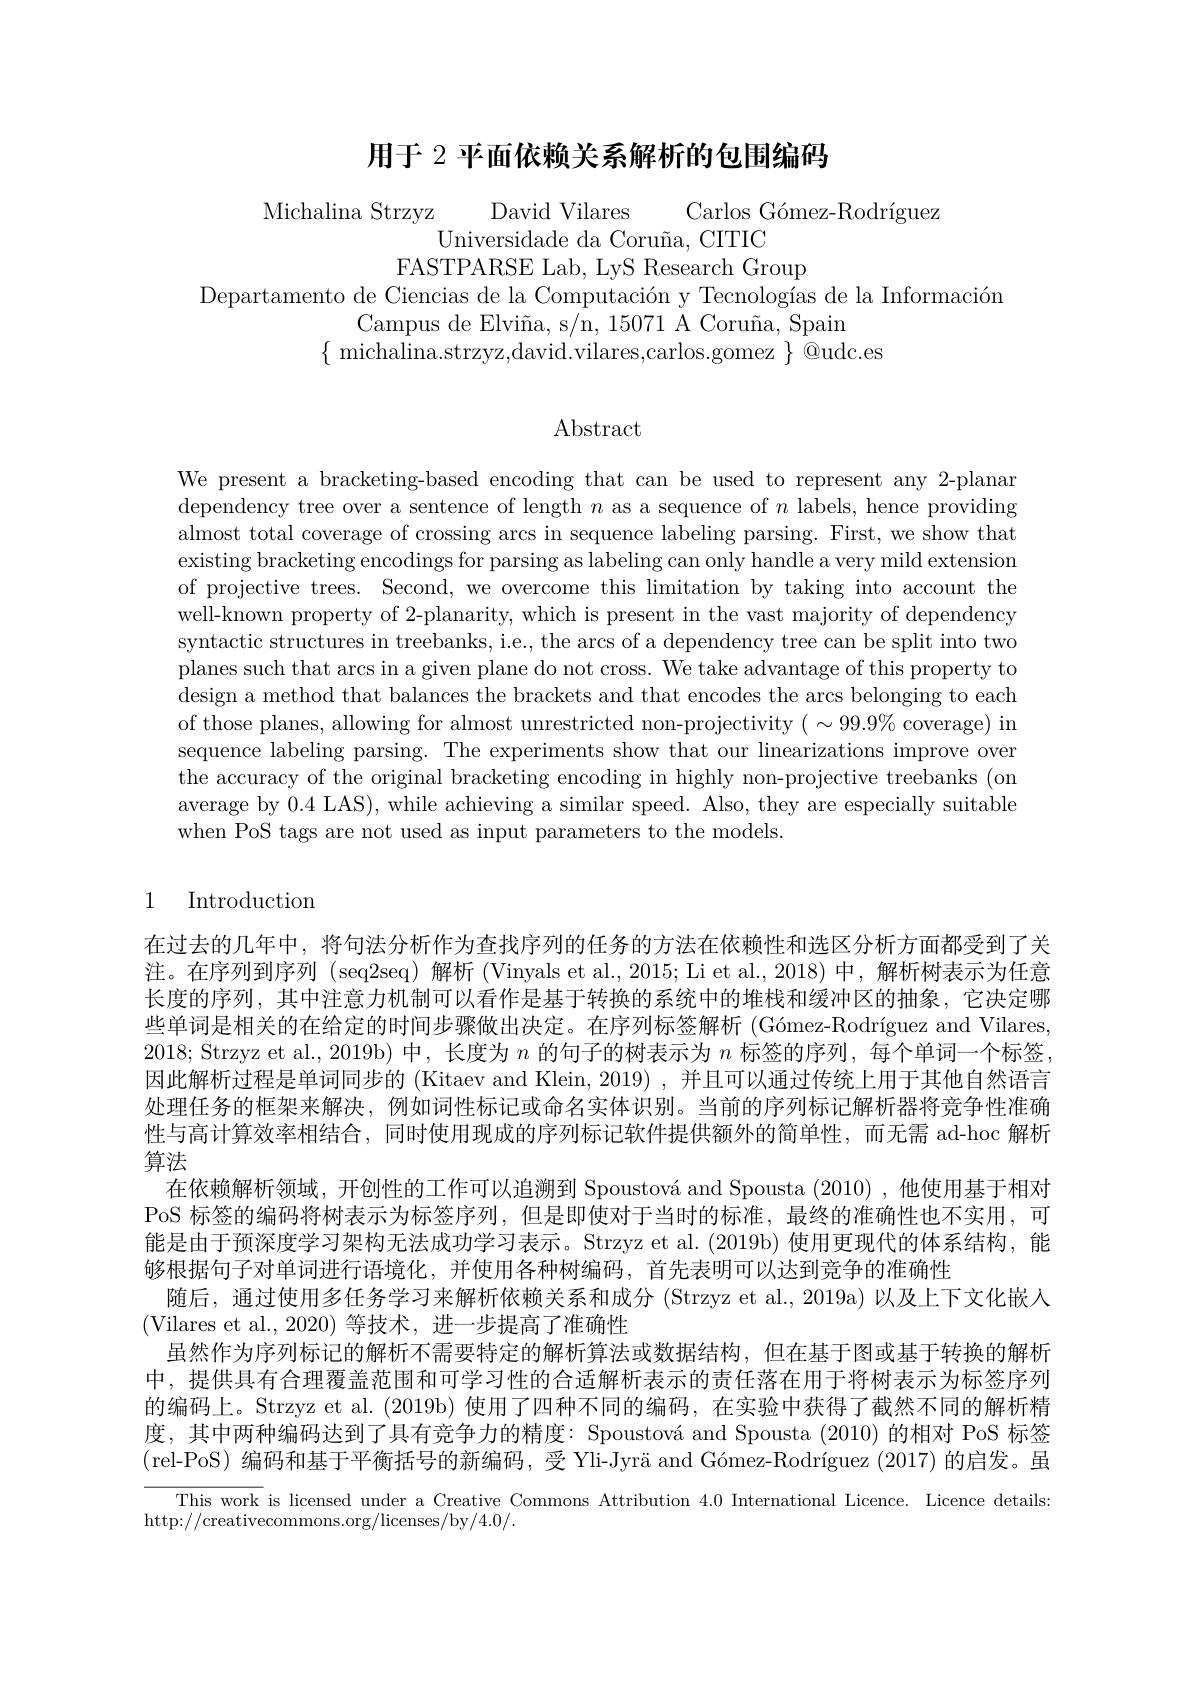
# 用于 2 平面依赖关系解析的包围编码

Michalina Strzyz David Vilares Carlos Gómez-Rodríguez
Universidade da Coruña, CITIC
FASTPARSE Lab, LyS Research Group
Departamento de Ciencias de la Computación y Tecnologías de la Información
Campus de Elviña, s/n, 15071 A Coruña, Spain
$\{{\mathrm{~michalina.strzyz,david.vilares,carlos.gomez~}}\}{\mathrm{~@udc.es}}$

$\operatorname{Abstract}$

We present a bracketing-based encoding that can be used to represent any 2-planar dependency tree over a sentence of length $n$ as a sequence of $n$ labels, hence providing almost total coverage of crossing arcs in sequence labeling parsing. First, we show that existing bracketing encodings for parsing as labeling can only handle a very mild extension of projective trees. Second, we overcome this limitation by taking into account the well-known property of 2-planarity, which is present in the vast majority of dependency syntactic structures in treebanks, i.e., the arcs of a dependency tree can be split into two planes such that arcs in a given plane do not cross. We take advantage of this property to design a method that balances the brackets and that encodes the arcs belonging to each of those planes, allowing for almost unrestricted non-projectivity $(\sim99.9\%$ coverage) in sequence labeling parsing. The experiments show that our linearizations improve over the accuracy of the original bracketing encoding in highly non-projective treebanks (on average by 0.4 LAS), while achieving a similar speed. Also, they are especially suitable when PoS tags are not used as input parameters to the models.

## 1 Introduction

算法

在过去的几年中，将句法分析作为查找序列的任务的方法在依赖性和选区分析方面都受到了关注。在序列到序列 (seq2seq) 解析 (Vinyals et al.,2015; Li et al.,2018) 中，解析树表示为任意长度的序列，其中注意力机制可以看作是基于转换的系统中的堆栈和缓冲区的抽象，它决定哪些单词是相关的在给定的时间步骤做出决定。在序列标签解析 (Gómez-Rodríguez and Vilares, 2018; Strzyz et al., 2019b)中，长度为$n$的句子的树表示为$n$标签的序列，每个单词一个标签因此解析过程是单词同步的 (Kitaev and Klein, 2019) ,并且可以通过传统上用于其他自然语言处理任务的框架来解决，例如词性标记或命名实体识别。当前的序列标记解析器将竞争性准确性与高计算效率相结合，同时使用现成的序列标记软件提供额外的简单性，而无需 ad-hoc 解析
在依赖解析领域，开创性的工作可以追溯到 Spoustová and Spousta (2010) ,他使用基于相对PoS 标签的编码将树表示为标签序列，但是即使对于当时的标准，最终的准确性也不实用，可能是由于预深度学习架构无法成功学习表示。Strzyz et al.(2019b)使用更现代的体系结构，能够根据句子对单词进行语境化，并使用各种树编码，首先表明可以达到竞争的准确性
随后，通过使用多任务学习来解析依赖关系和成分 (Strzyz et al., 2019a) 以及上下文化嵌人
(Vilares et al.,2020)等技术，进一步提高了准确性
虽然作为序列标记的解析不需要特定的解析算法或数据结构，但在基于图或基于转换的解析中，提供具有合理覆盖范围和可学习性的合适解析表示的责任落在用于将树表示为标签序列的编码上。Strzyz et al. (2019b) 使用了四种不同的编码，在实验中获得了截然不同的解析精度，其中两种编码达到了具有竞争力的精度：Spoustová and Spousta (2010) 的相对 PoS 标签(rel-PoS)编码和基于平衡括号的新编码，受 Yli-Jyrä and Gómez-Rodríguez (2017) 的启发。虽
This work is licensed under a Creative Commons Attribution 4.0 International Licence. Licence details:
http://creativecommons.org/licenses/by/4.0/.